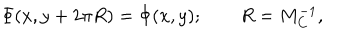
\Phi ( x , y + 2 \pi R ) = \Phi ( x , y ) ; \qquad R = M _ { C } ^ { - 1 } ,